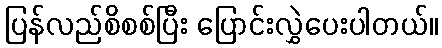
ပြန်လည်စိစစ်ပြီး ပြောင်းလွှဲပေးပါတယ်။